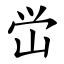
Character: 峃